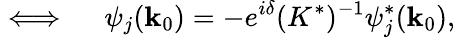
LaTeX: \iff\quad\psi_{j}({\mathbf k}_{0})=-e^{i\delta}(K^{*})^{-1}\psi_{j}^{*}({\mathbf k}_{0}),